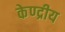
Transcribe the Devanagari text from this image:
केण्द्रीय